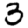
Digit: 3